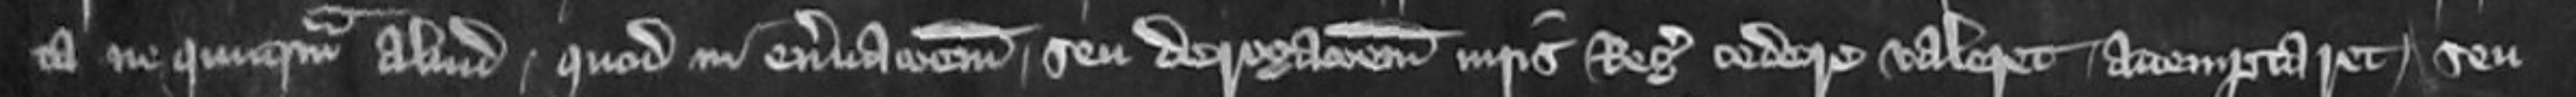
ta ne quicquam aliud quod in enervacionem seu derogationem iuris Regis cedere valeret attemptaret seu